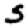
Digit: 5